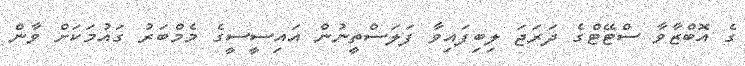
ގެ އޮބްޒާވާ ސްޓޭޓްގެ ދަރަޖަ ލިބިފައިވާ ފަލަސްތީނުން އައިސީސީގެ މެމްބަރު ގައުމަކަށް ވާން